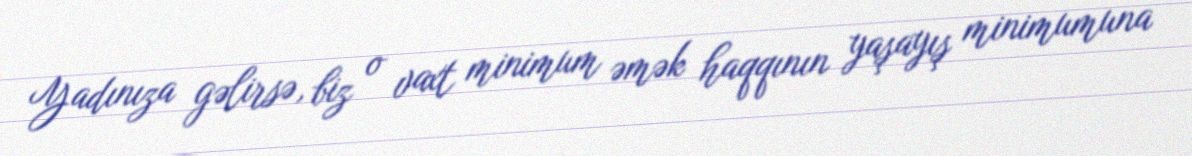
Yadınıza gəlirsə, biz o vaxt minimum əmək haqqının yaşayış minimumuna